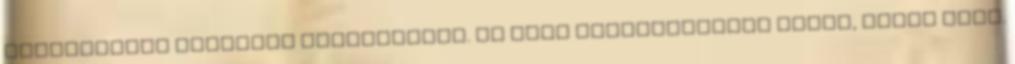
legtöbbször másokkal kapcsolatos. Ez most önfényezésnek tűnik, pedig igaz.